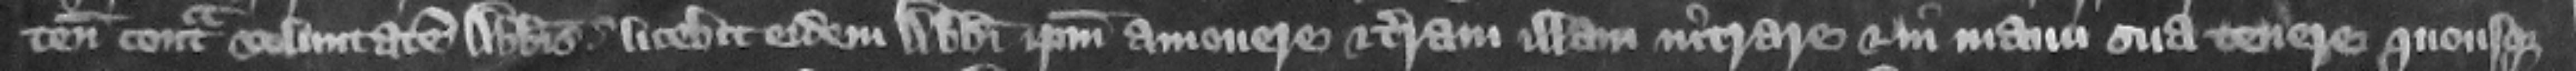
tenementum contra voluntatem abbatis licebit eidem abbati ipsum amouere et terram illam intrare et in manu sua tenere quousque